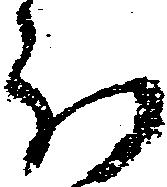
被